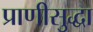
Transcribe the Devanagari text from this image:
प्राणीसुद्धा